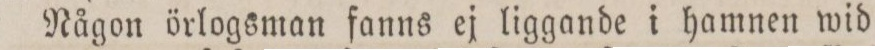
Någon örlogsman fanns ej liggande i hamnen wid